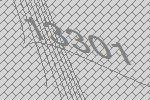
13301